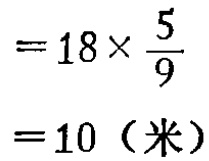
\[

\begin{align*}

&=18\times\frac{5}{9}\\

&= 10（米）

\end{align*}

\]